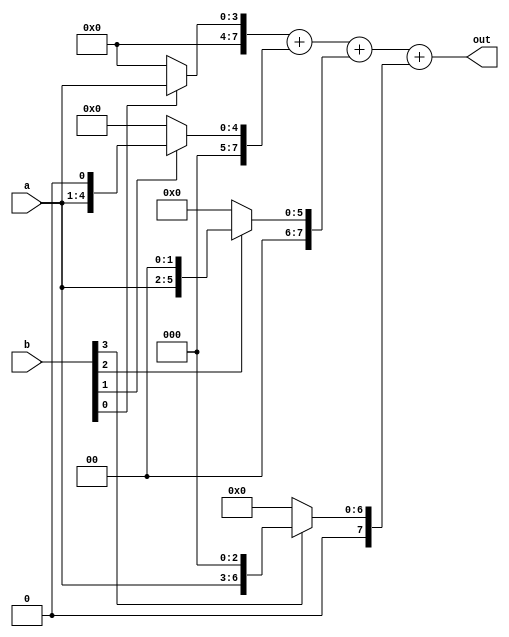
// This program was cloned from: https://github.com/ekb0412/100DaysofRTL
// License: Apache License 2.0

`timescale 1ns / 1ps

module multiplier(    
	input [3:0]a,b,
	output reg [7:0] out
	);
	
	reg [7:0] t1,t2,t3,t4;

	always@(a,b)
	begin
		t1=0; t2=0; t3=0; t4=0;
		if(b[0]) 
			t1 = a<<0;
		if(b[1]) 
			t2 = a<<1;
		if(b[2]) 
			t3 = a<<2;
		if(b[3]) 
			t4 = a<<3;

		out = t1+t2+t3+t4;
	end
endmodule